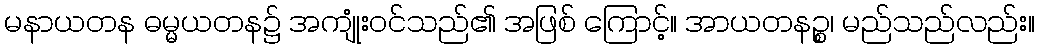
မနာယတန ဓမ္မယတန၌ အကျုံးဝင်သည်၏ အဖြစ် ကြောင့်။ အာယတနဉ္စ၊ မည်သည်လည်း။